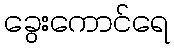
ခွေးကောင်ရေ